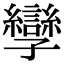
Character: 孿